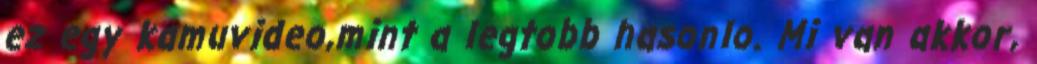
ez egy kamuvideo,mint a legtobb hasonlo. Mi van akkor,